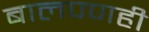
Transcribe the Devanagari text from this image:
बालपणही